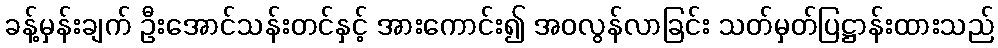
ခန့်မှန်းချက် ဦးအောင်သန်းတင်နှင့် အားကောင်း၍ အဝလွန်လာခြင်း သတ်မှတ်ပြဋ္ဌာန်းထားသည်